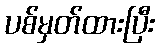
ပစ်မှတ်ထားပြီး